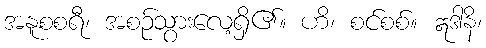
အနူစစရီ၊ အစဉ်သွားလေ့ရှိ၏။ ဟိ၊ စင်စစ်။ ဣဒါနိ၊